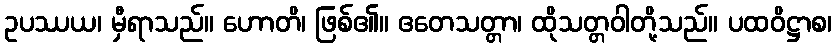
ဥပဿယ၊ မှီရာသည်။ ဟောတိ၊ ဖြစ်၏။ ဧတေသတ္တာ၊ ထိုသတ္တဝါတို့သည်။ ပထဝိဋ္ဌာစ၊